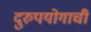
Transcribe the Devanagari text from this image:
दुरुपयोगाची